Insane asylums Bombay 1873-77 - 1873-1877
Year: 1873
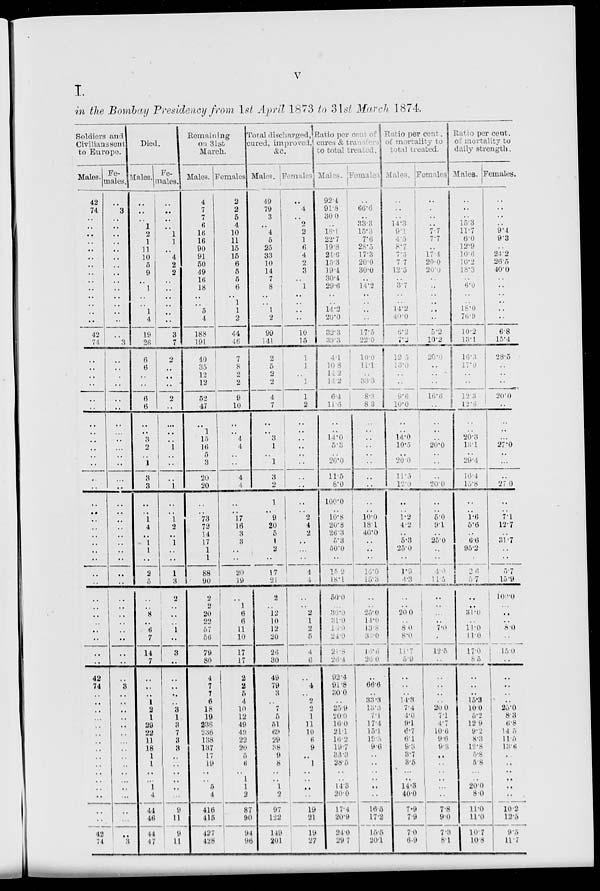
v
I.
in the Bombay Presidency from 1st April 1873 to 31st March 1874.
Soldiers and
Civilians sent
to Europe.
Males.
42
74
..
..
..
..
..
..
..
..
.. ..
..
..
..
..
42
74
..
..
..
..
..
..
..
..
..
..
..
..
..
..
..
..
..
..
..
..
..
..
..
..
..
..
..
..
..
..
..
42
74
..
..
..
...
..
..
..
..
..
..
..
..
..
..
..
..
42
74
Fe-
males.
..
3
..
..
..
..
..
..
..
..
..
..
..
..
..
..
..
3
..
..
..
..
..
..
..
.. ..
..
..
..
..
..
..
..
..
..
..
..
..
..
..
..
..
..
..
..
..
..
..
..
..
3
..
..
..
..
..
..
..
..
..
..
..
..
..
...
..
..
..
3
Died.
Males.
..
..
..
1
2
1
11
10
5
9
..
1
..
..
1
4
19
26
6
6
..
..
6
6
..
..
3
2
..
1
3
3
..
..
1
4
..
1
1
..
2
5
..
..
8
..
6
7
14
7
..
..
..
1
2
1
29
22
11
18
1
1
..
...
1
4
44
46
44
47
Fe-
males.
..
..
..
..
1
1
..
4
2
2
..
..
..
..
..
..
3
7
2
..
..
..
2
..
..
..
..
1
..
..
..
1
..
..
1
2
..
1
..
..
1
3
2
..
..
..
1
..
3
..
..
..
..
..
3
1
3
7
3 3
..
..
..
..
..
...
9
11
9
11
Remaining
on 31st
March.
Males.
4
7
7
6
16
16
90
91
50
49
16
18
..
..
5
4
188
191
40
35
12
12
52
47
..
1
15
16
5
3
20
20
..
..
73
72
14
17
1
1
88
90
2
2
20
..
57
56
79
80
4
7
7
6
18
19
238
236
138
137
17
19
..
..
5
4
416
415
427
428
Females
2
2
5
4
10
11
15
15
6
5
5
6
..
1
1
2
44
46
7
8
2
2
9
10
..
.. 4
4
..
..
4
4
..
..
17
16
3
3
..
..
20
19
..
1
6
6
11
10
17
17
2
2
5
4
10
12
49
49
22
20
5
6
..
1
1
2
87
90
94
96
Toral discharged,
cured, improved,
&c.
Males.
49
79
3
..
4
5
25
33
10
14
7
8
..
..
1
2
99
141
2
5
2
2
4
7
..
.. 3
1
..
1
3
2
1
..
9
20
5
1
2
..
17
21
2
..
12
10
12
20
26
30
49
79
3
..
7
5
51
69
29
38
9
8
..
..
1
2
97
122
149
201
Females.
..
4
..
2
2
1
6
4
2
3
..
1
..
..
..
..
10
15
1
1
..
1
1
2
..
.. ..
..
..
..
..
..
..
..
2
4
2
..
..
..
4
4
..
..
2
1
2
5
4
6
..
4
..
2
2
1
11
10
6
9
..
1
..
..
..
..
19
21
19
27
Ratio per cent of
cures & transaction
to total treated.
Males.
92.4
91.8
30.0
..
18.1
22.7
19.8
21.6
15.3
19.4
30.4
29.6
..
..
14.2
20.0
32.3
39.3
4.1
10.8
14.2
14.2
6.4
11.6
..
..
14.0
5.3
.. 20.0
11.5
8.0
100.0
..
10.8
20.8
26 .3
5.3
50.0
..
15.9
18.1
50.0
..
30.0
31.0
16.0
24.0
21.8
26.4
92.4
91.8
30.0
..
25.9
20.0
16.0
21.1
16.2
19.7
33.3
28.5
..
..
14.3
20.0
17.4
20.9
24.0
29.7
Females.
..
66.6
..
33.3
15.3
7.6
28.5
17.3
20.0
30.0
..
14.2
..
..
..
..
17.5
22.0
10.0
11.1
..
33.3
8.3
8.3
..
..
..
..
..
..
..
..
..
..
10.0
18.1
40.0
..
..
..
16.0
15.3
..
..
25.0
11.0
13.8
33.0
16.6
25.0
..
66.6
..
33.3
13.3
7.1
17.4
15.1
19.3
9.6
..
..
..
..
..
..
16.5
17.2
15.5
20.1
Ratio per cent.
of mortality to
total treated.
Males.
..
..
..
14.3
9.1
4.5
8.7
7.5
7.7
12.5
..
3.7
..
..
14.2
40.0
6.2
7.2
12.5
13.0
..
..
9.6
10.0
..
..
14.0
10.5
.. 20.0
11.5
12.0
..
..
1.2
4.2
..
5.3
25.0
..
1.9
4.3
..
..
20.0
..
8.0
8.0
11.7 5.9
..
..
..
14.3
7.4
4.0
9.1
6.7
6.1
9.3
3.7
3.5
..
..
14.3
40.0
7.9
7.9
7.0
6.9
Females.
..
..
..
..
7.7
7.7
..
17.4
20.0
20.0
..
..
..
..
..
..
5.2
10.2
20.0
..
..
..
16.6
..
..
..
..
20.0
..
..
..
20.0
..
..
5.0
9.1
..
25.0
..
..
4.0
11.5
..
..
..
..
7.0
..
12.5
..
..
..
..
..
20.0
7.1
4.7
10.6
9.6
9.3
..
..
..
..
..
..
7.8
9.0
7.3
8.1
Ratio per cent.
of mortality to
daily strength.
Males.
..
..
..
15.3
11.7
6.0
12.9
10.6
10.2
18.3
..
6.0
..
..
18.0
76.9
10.2
13.1
16.3
17.0
..
..
12.3
12.6
..
.. 20.3
13.1
..
29.4
16.4
15.8
..
..
1.6
5.6
..
6.6
95.2
..
2.6
5.7
..
..
31.0
..
11.0
11.0
17.0
8.5
..
..
..
15.3
10.0
5.2
12.9
9.2
8.3
12.8
5.8
5.8
..
..
20.0
8.0
11.0
11.0
10.7
10.8
Females.
..
..
..
..
9.4
9.3
..
24.2
26.5
40.0
..
..
..
..
..
..
6.8
15.4
28.5
..
..
..
20.0
..
..
..
..
27.0
..
...
..
27.0
..
..
7.1
12.7
..
31.7
..
..
5.7
15.9
100.0
..
..
..
8.0
..
15.0
..
..
..
..
..
25.0
8.3
6.8
14.5
11.5
13.6
..
..
..
..
..
..
10.2
12.5
9.5
11.7